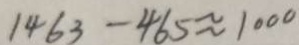
1 4 6 3 - 4 6 5 \approx 1 0 0 0